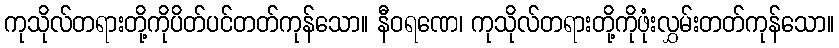
ကုသိုလ်တရားတို့ကိုပိတ်ပင်တတ်ကုန်သော။ နီဝရဏေ၊ ကုသိုလ်တရားတို့ကိုဖုံးလွှမ်းတတ်ကုန်သော။